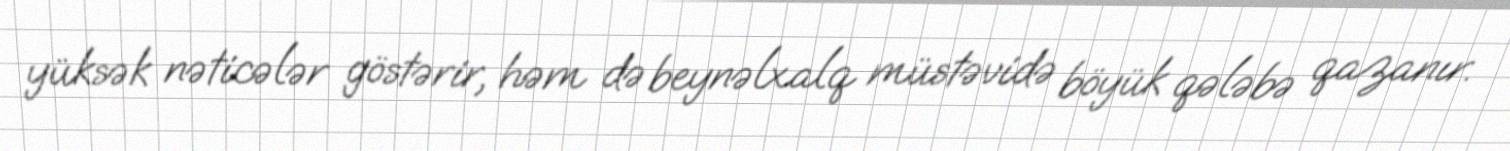
yüksək nəticələr göstərir, həm də beynəlxalq müstəvidə böyük qələbə qazanır.